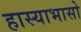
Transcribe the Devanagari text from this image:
हास्याभासो